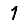
Digit: 1